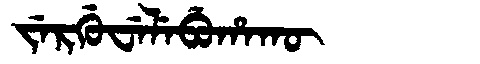
Manchu: ᠵᡝᡵᡤᡠᠸᡝᠯᡝᠪᡠᡥᠠᡴᡡ
Romanization: JERGUWELEBUHAKŪ